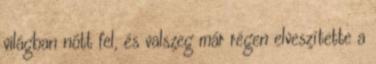
világban nőtt fel, és valszeg már régen elveszítette a